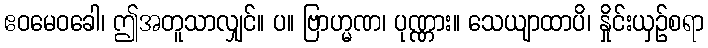
ဧဝမေဝခေါ၊ ဤအတူသာလျှင်။ ပ။ ဗြာဟ္မဏ၊ ပုဏ္ဏား။ သေယျာထာပိ၊ နှိုင်းယှဉ်စရာ